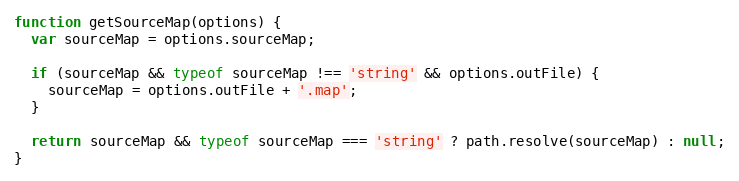
Language: JavaScript
function getSourceMap(options) {
  var sourceMap = options.sourceMap;

  if (sourceMap && typeof sourceMap !== 'string' && options.outFile) {
    sourceMap = options.outFile + '.map';
  }

  return sourceMap && typeof sourceMap === 'string' ? path.resolve(sourceMap) : null;
}